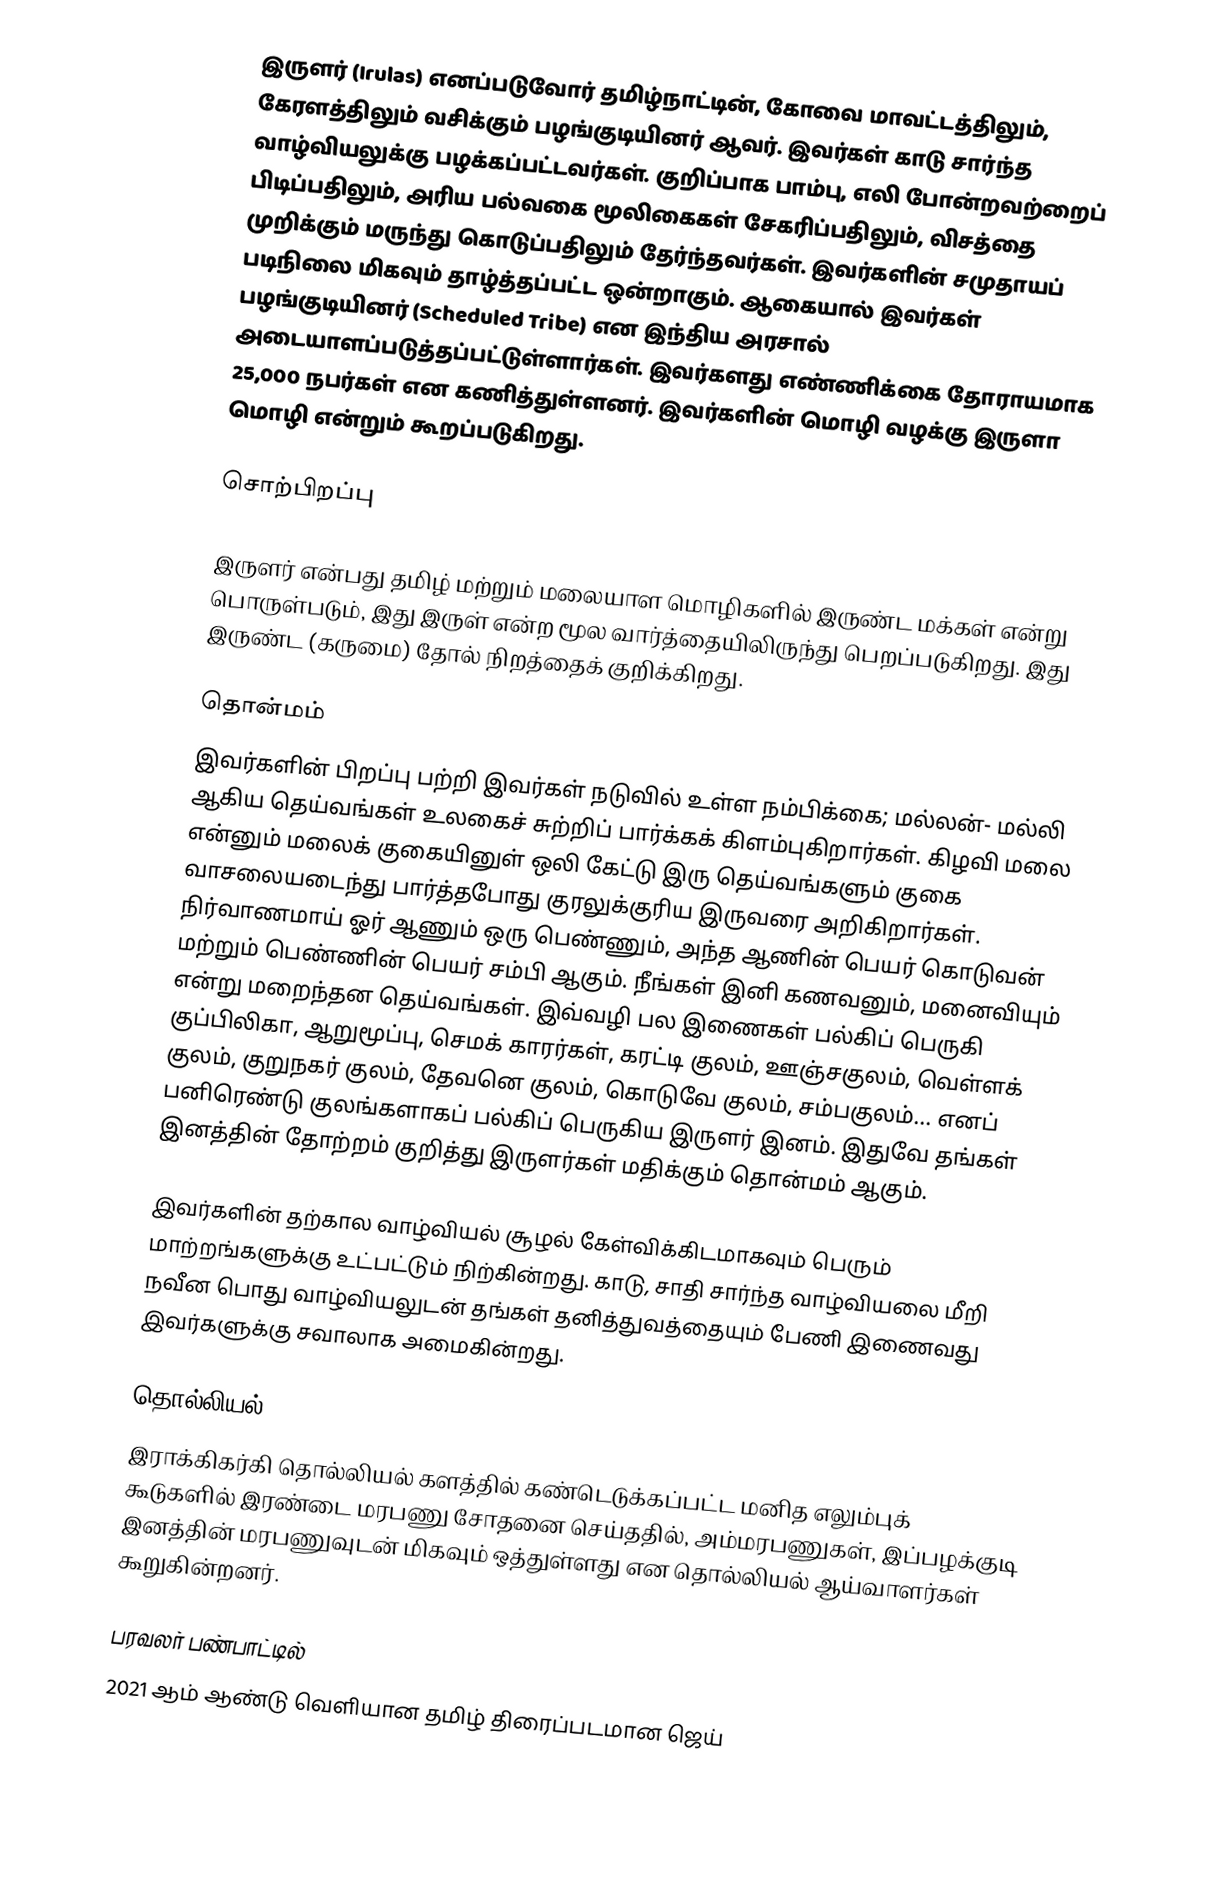
இருளர் (Irulas) எனப்படுவோர் தமிழ்நாட்டின், கோவை மாவட்டத்திலும், கேரளத்திலும் வசிக்கும் பழங்குடியினர் ஆவர். இவர்கள் காடு சார்ந்த வாழ்வியலுக்கு பழக்கப்பட்டவர்கள். குறிப்பாக பாம்பு, எலி போன்றவற்றைப் பிடிப்பதிலும், அரிய பல்வகை மூலிகைகள் சேகரிப்பதிலும்,  விசத்தை முறிக்கும் மருந்து கொடுப்பதிலும் தேர்ந்தவர்கள். இவர்களின் சமுதாயப் படிநிலை மிகவும் தாழ்த்தப்பட்ட ஒன்றாகும். ஆகையால் இவர்கள் பழங்குடியினர் (Scheduled Tribe) என இந்திய அரசால் அடையாளப்படுத்தப்பட்டுள்ளார்கள். இவர்களது எண்ணிக்கை தோராயமாக 25,000 நபர்கள் என கணித்துள்ளனர். இவர்களின் மொழி வழக்கு இருளா மொழி என்றும் கூறப்படுகிறது.

சொற்பிறப்பு

இருளர் என்பது தமிழ் மற்றும் மலையாள மொழிகளில் இருண்ட மக்கள் என்று பொருள்படும், இது இருள் என்ற மூல வார்த்தையிலிருந்து பெறப்படுகிறது. இது இருண்ட (கருமை) தோல் நிறத்தைக் குறிக்கிறது.

தொன்மம்
இவர்களின் பிறப்பு பற்றி இவர்கள் நடுவில் உள்ள நம்பிக்கை; மல்லன்- மல்லி ஆகிய தெய்வங்கள் உலகைச் சுற்றிப் பார்க்கக் கிளம்புகிறார்கள். கிழவி மலை என்னும் மலைக் குகையினுள் ஒலி கேட்டு இரு தெய்வங்களும் குகை வாசலையடைந்து பார்த்தபோது குரலுக்குரிய இருவரை அறிகிறார்கள்.  நிர்வாணமாய் ஓர் ஆணும் ஒரு பெண்ணும், அந்த ஆணின் பெயர் கொடுவன் மற்றும் பெண்ணின் பெயர் சம்பி ஆகும். நீங்கள் இனி கணவனும், மனைவியும் என்று மறைந்தன தெய்வங்கள். இவ்வழி பல இணைகள் பல்கிப் பெருகி குப்பிலிகா, ஆறுமூப்பு, செமக் காரர்கள், கரட்டி குலம், ஊஞ்சகுலம், வெள்ளக் குலம், குறுநகர் குலம், தேவனெ குலம், கொடுவே குலம், சம்பகுலம்... எனப் பனிரெண்டு குலங்களாகப் பல்கிப் பெருகிய இருளர் இனம்.  இதுவே தங்கள் இனத்தின் தோற்றம் குறித்து இருளர்கள் மதிக்கும் தொன்மம் ஆகும்.

இவர்களின் தற்கால வாழ்வியல் சூழல் கேள்விக்கிடமாகவும் பெரும் மாற்றங்களுக்கு உட்பட்டும் நிற்கின்றது. காடு, சாதி சார்ந்த வாழ்வியலை மீறி நவீன பொது வாழ்வியலுடன் தங்கள் தனித்துவத்தையும் பேணி இணைவது இவர்களுக்கு சவாலாக அமைகின்றது.

தொல்லியல்
இராக்கிகர்கி தொல்லியல் களத்தில் கண்டெடுக்கப்பட்ட மனித எலும்புக் கூடுகளில் இரண்டை மரபணு சோதனை செய்ததில், அம்மரபணுகள், இப்பழக்குடி இனத்தின் மரபணுவுடன் மிகவும் ஒத்துள்ளது என தொல்லியல் ஆய்வாளர்கள் கூறுகின்றனர்.

பரவலர் பண்பாட்டில்
2021 ஆம் ஆண்டு வெளியான தமிழ் திரைப்படமான ஜெய்